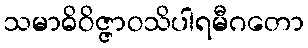
သမာဓိဝိဇ္ဇာဝသိပါရမီဂတော